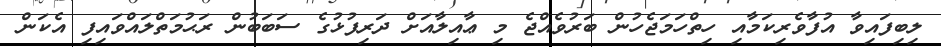
ލިބިފައިވާ އުފާވެރިކަމާއި ހިތްހަމަޖެހުން ބަރުވެއްޖެ މި ޢާއިލާއަށް ދަރިފުޅުގެ ސަބަބުން ރަޙުމަތްލައްވައިފި އެކަން